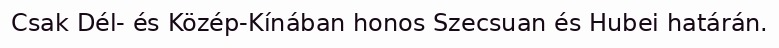
Csak Dél- és Közép-Kínában honos Szecsuan és Hubei határán.